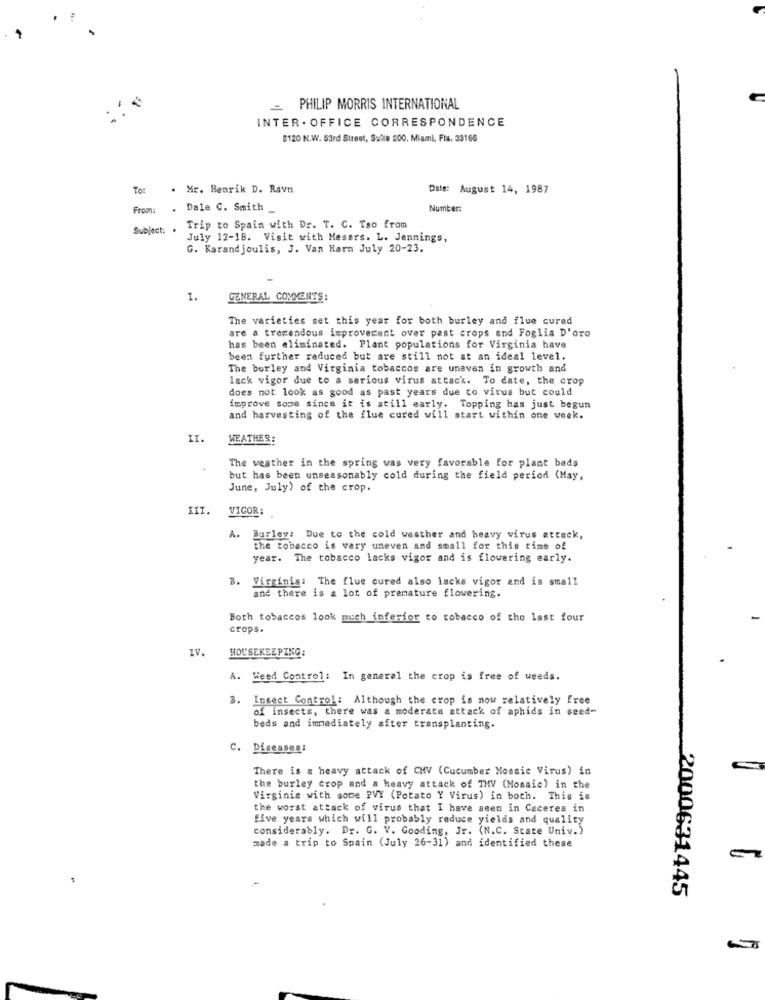
=
PHILIP MORRIS INTERNATIONAL
INTER . OFFICE CORRESPONDENCE
8120 N.W. 53rd Street, Sulle 200, Miami, Fra. 33166
Tot
Mr. Henrik D. Ravn
Date: August 14, 1987
From:
. Dale C. Smith
Number:
Subject:
Trip to Spain with Dr. T. C. Tso from
July 12-18. Visit with Messrs. L. Jennings,
G. Karand joulis, J. Van Harn July 20-23.
1.
GENERAL COMMENTS:
The varieties set this year for both burley and flue cured
are a tremendous improvecent over past crops and Foglia D'oro
has been eliminated. Plant populations for Virginia have
been further reduced but are still not at an ideal level.
The burley and Virginia tobaccos are unaven in growth and
lack vigor due to a serious virus attack. To date, the crop
does not look as good as past years due to virus but could
improve some since it is still early. Topping has just begun
and harvesting of the flue cured will start within one week.
WEATHER:
The weather in the spring was very favorable for plant beds
but has been unseasonably cold during the field period (May,
June, July) of the crop.
III.
VIGOR;
A. Burley: Due to the cold weather and heavy virus attack,
the tobacco is very uneven and small for this time of
year. The tobacco lacks vigor and is flowering early.
Virginia: The flue cured also lacks vigor and is small
and there is a lot of premature flowering.
Both tobaccos look much inferior to tobacco of the last four
crops.
IV.
HOUSEKEEPING:
A. Weed Control: In general the crop is free of weeds.
B. Insect Control: Although the crop is now relatively free
of insects, there was a moderate attack of aphids in seed-
beds and immediately after transplanting.
. Diseases:
There is a heavy attack of CHV (Cucumber Mosaic Virus) in
the burley crop and a heavy attack of THV (Mosaic) in the
Virginia with some PVY (Potato Y Virus) in both. This is
the worst attack of virus that I have seen in Caceres in
five years which will probably reduce yields and quality
considerably. Dr. G. V. Gooding, Jr. (N.C. State Univ.)
made a trip to Spain (July 26-31) and identified these
2000631445